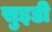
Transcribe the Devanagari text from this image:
सुइडी